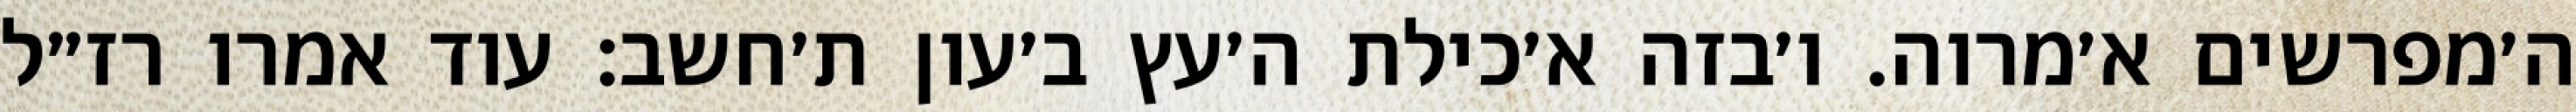
ה׳מפרשים א׳מרוה. ו׳בזה א׳כילת ה׳עץ ב׳עון ת׳חשב: עוד אמרו רז״ל